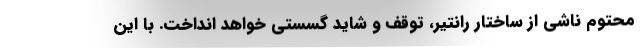
محتوم ناشی از ساختار رانتیر، توقف و شاید گسستی خواهد انداخت. با این